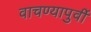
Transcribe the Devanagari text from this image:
वाचण्यापुर्वी